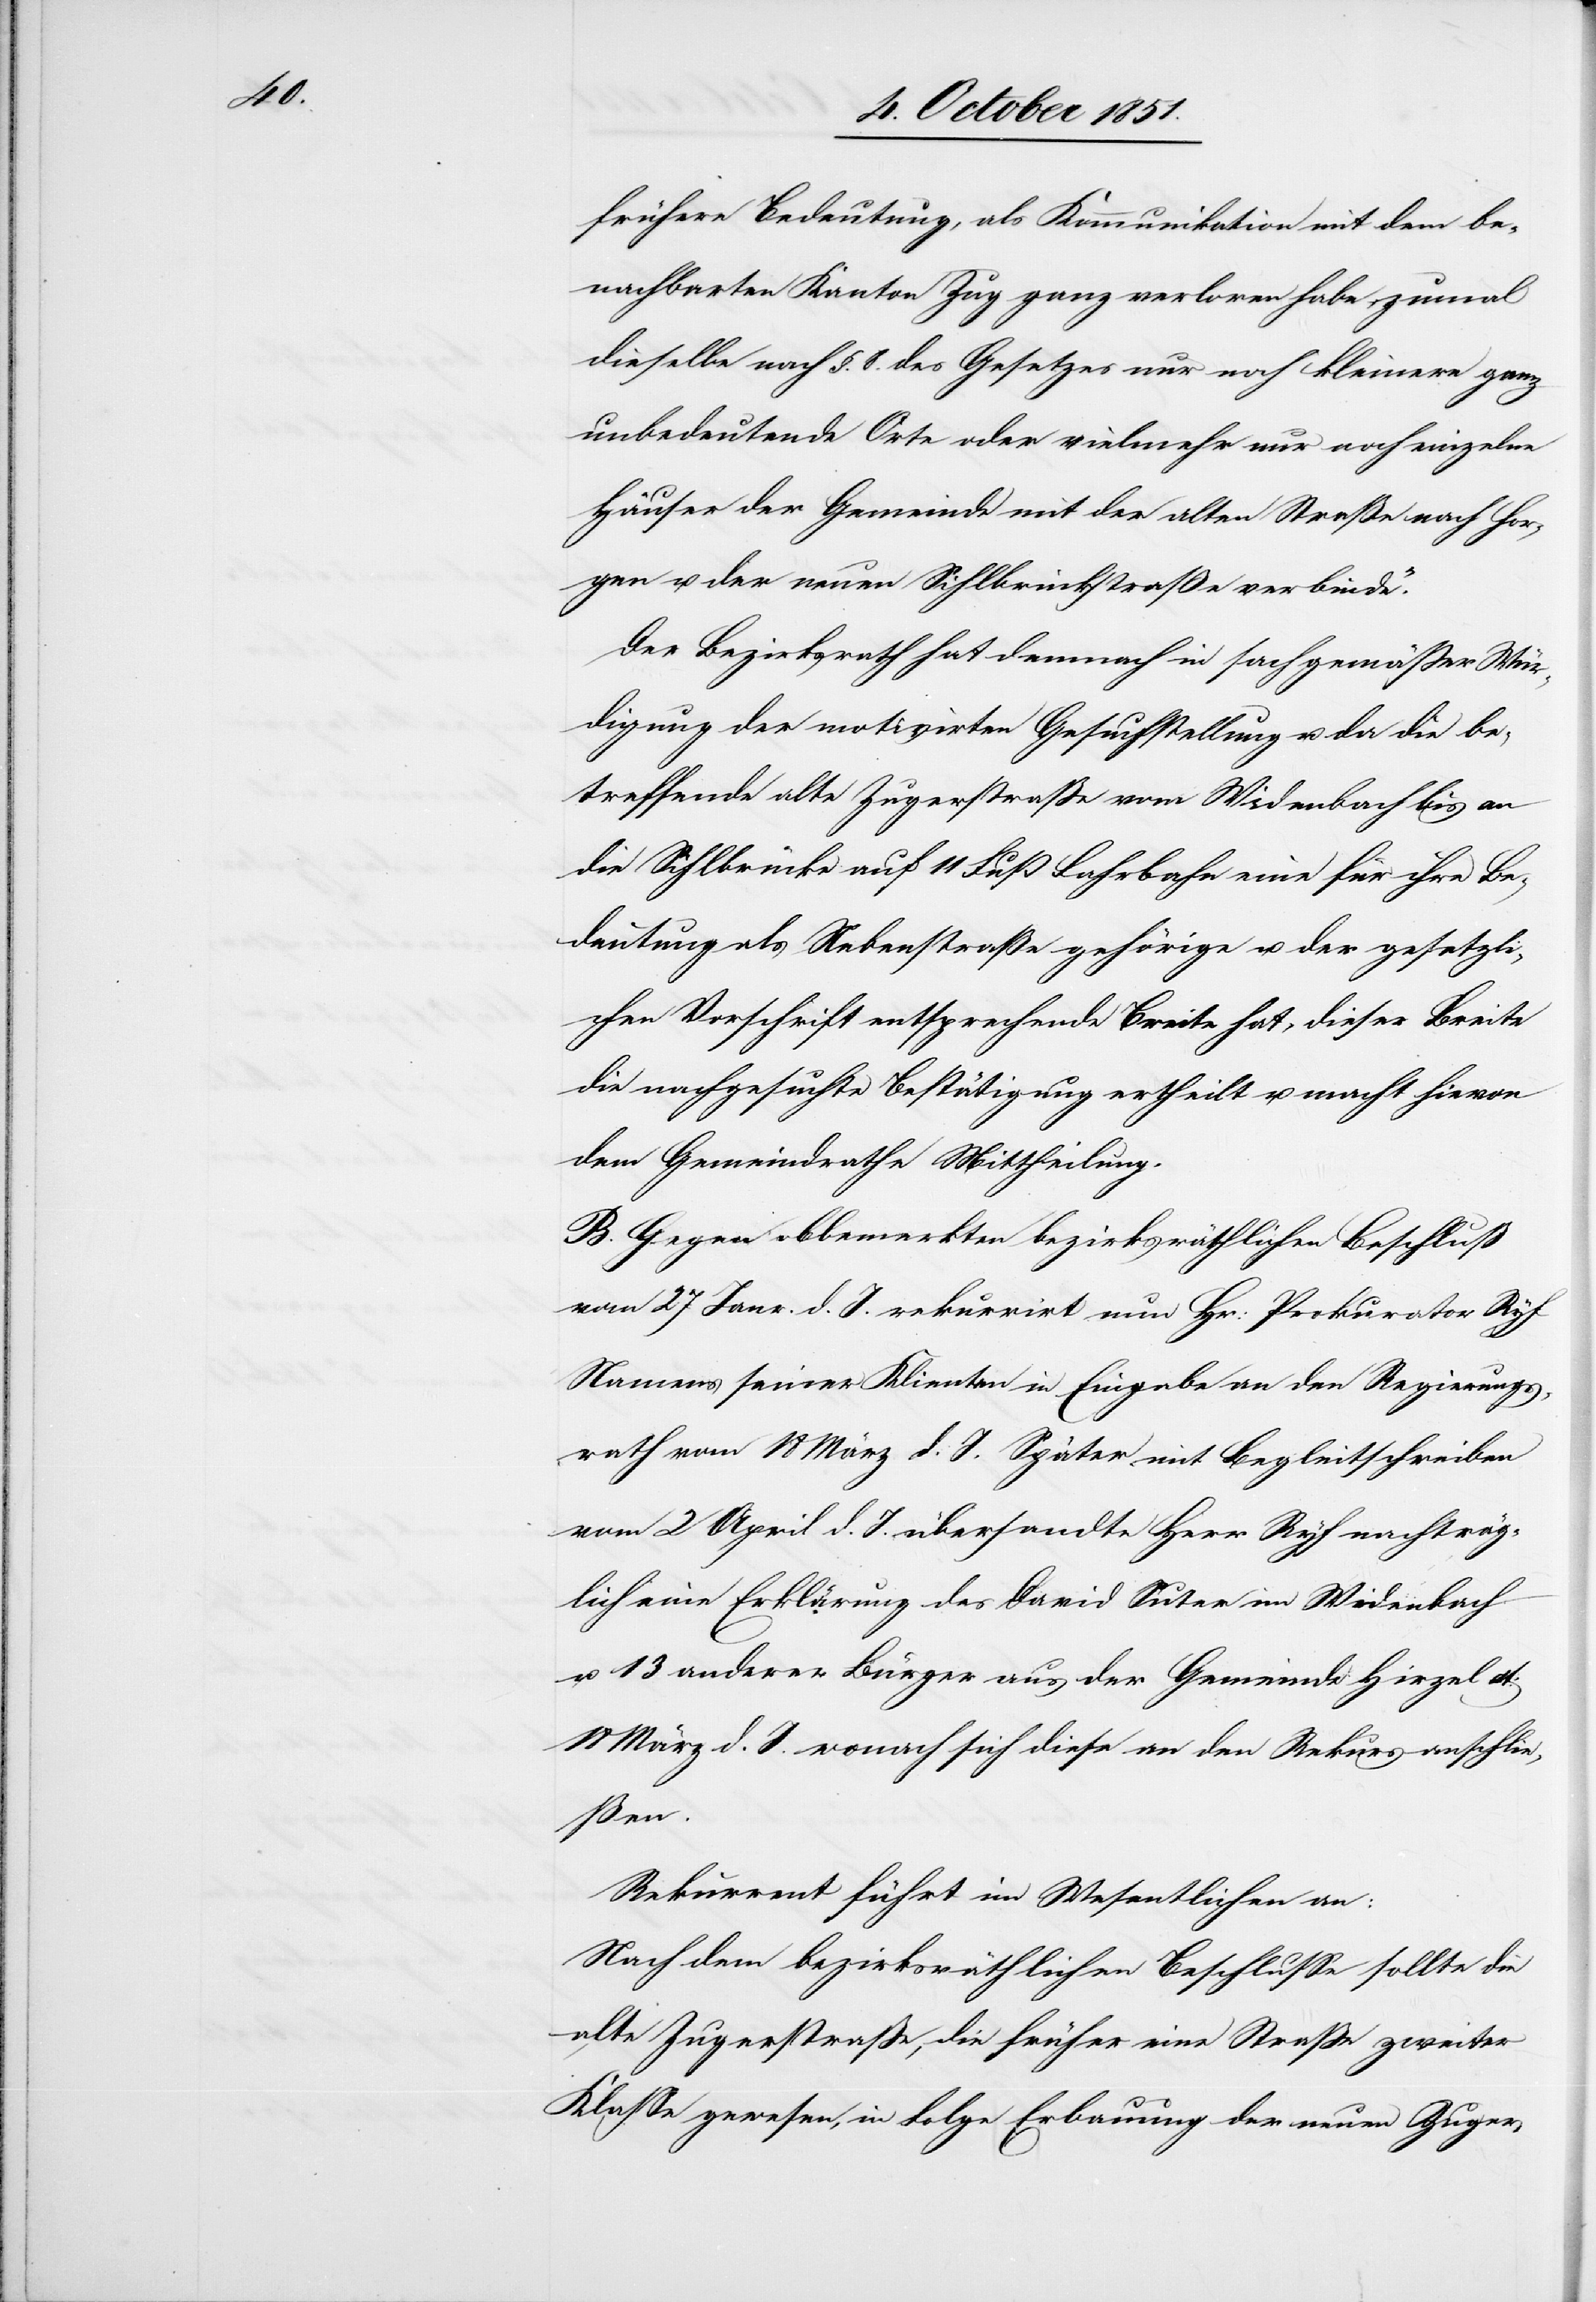
frühere Bedeutung, als Kommunikation mit dem be¬
nachbarten Kanton Zug ganz verloren habe, zumal
dieselbe nach §. 8. des Gesetzes nur noch kleinere ganz
unbedeutende Orte oder vielmehr nur noch einzelne
Häuser der Gemeinde mit der alten Straße nach Hor¬
gen u. der neuen Sihlbrückstraße verbinde.“
Der Bezirksrath hat demnach in sachgemäßer Wür¬
digung der motivirten Gesuchstellung u. da die be¬
treffende alte Zugerstraße vom Widenbach bis an
die Sihlbrücke auf 11 Fuß Fahrbahn eine für ihre Be¬
deutung als Nebenstraße gehörige u. der gesetzli¬
chen Vorschrift entsprechende Breite hat, dieser Breite
die nachgesuchte Bestätigung ertheilt u. macht hievon
dem Gemeindrathe Mittheilung.
B. Gegen obbemerkten bezirksräthlichen Beschluß
vom 27 Janr. d. J. rekurrirt nun Hr: Prokurator Ryf
Namens seiner Klienten in Eingabe an den Regierungs¬
rath vom 18 März d. J. Später mit Begleitschreiben
vom 2 April d. J. übersandte Herr Ryf nachträg¬
lich eine Erklärung des David Suter im Widenbach
u. 13 anderer Bürger aus der Gemeinde Hirzel dt:
18 März d. J. wonach sich diese an den Rekurs anschlie¬
ßen.
Rekurrent führt im Wesentlichen an:
Nach dem bezirksräthlichen Beschlusse sollte die
alte Zugerstraße, die früher eine Straße zweiter
Klasse gewesen, in Folge Erbauung der neuen Zuger-